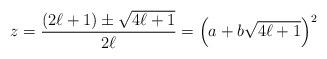
LaTeX: \begin{align*}z = \frac{(2 \ell + 1) \pm \sqrt{4 \ell + 1}}{2 \ell} = \left( a + b \sqrt{4 \ell + 1} \right)^2\end{align*}